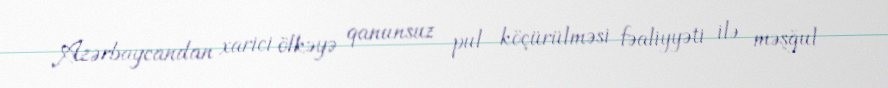
Azərbaycandan xarici ölkəyə qanunsuz pul köçürülməsi fəaliyyəti ilə məşğul